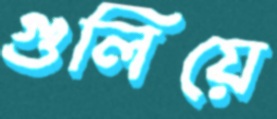
গুলিয়ে